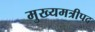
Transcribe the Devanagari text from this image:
मुख्यमत्रीपद